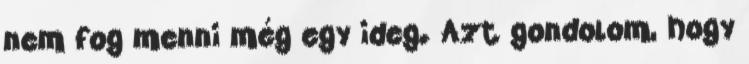
nem fog menni még egy ideg. Azt gondolom, hogy